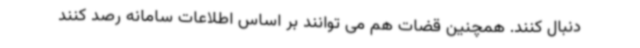
دنبال کنند. همچنین قضات هم می توانند بر اساس اطلاعات سامانه رصد کنند